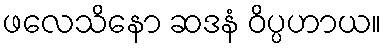
ဖလေသိနော ဆဒနံ ဝိပ္ပဟာယ။